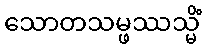
သောတသမ္ဖဿသ္မိံ